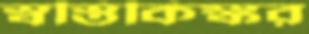
স্বস্তিকিঙ্কর